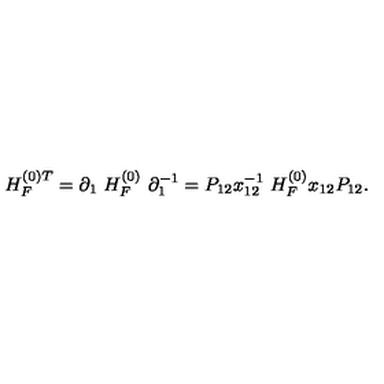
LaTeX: H _ { F } ^ { ( 0 ) T } = \partial _ { 1 } \ H _ { F } ^ { ( 0 ) } \ \partial _ { 1 } ^ { - 1 } = P _ { 1 2 } x _ { 1 2 } ^ { - 1 } \ H _ { F } ^ { ( 0 ) } x _ { 1 2 } P _ { 1 2 } .